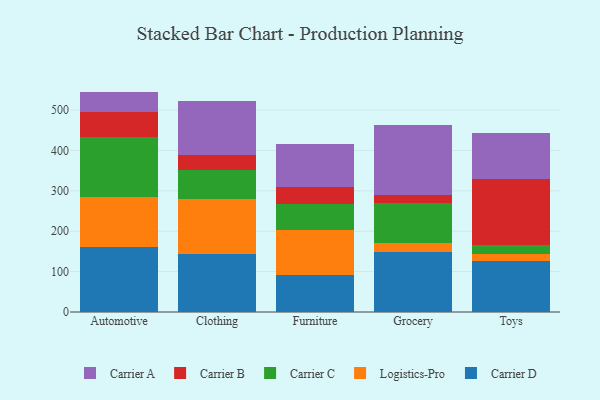
{"axis": {"x": "Category", "y": "Operating Costs (USD K)"}, "legend": ["Carrier A", "Carrier B", "Carrier C", "Carrier D", "Logistics-Pro"], "data": [{"x": "Automotive", "y": 161.8, "type": "Carrier D"}, {"x": "Automotive", "y": 122.7, "type": "Logistics-Pro"}, {"x": "Automotive", "y": 148.9, "type": "Carrier C"}, {"x": "Automotive", "y": 62.0, "type": "Carrier B"}, {"x": "Automotive", "y": 50.3, "type": "Carrier A"}, {"x": "Clothing", "y": 144.0, "type": "Carrier D"}, {"x": "Clothing", "y": 135.6, "type": "Logistics-Pro"}, {"x": "Clothing", "y": 70.8, "type": "Carrier C"}, {"x": "Clothing", "y": 37.3, "type": "Carrier B"}, {"x": "Clothing", "y": 134.1, "type": "Carrier A"}, {"x": "Furniture", "y": 92.5, "type": "Carrier D"}, {"x": "Furniture", "y": 110.0, "type": "Logistics-Pro"}, {"x": "Furniture", "y": 64.8, "type": "Carrier C"}, {"x": "Furniture", "y": 43.4, "type": "Carrier B"}, {"x": "Furniture", "y": 105.7, "type": "Carrier A"}, {"x": "Grocery", "y": 149.5, "type": "Carrier D"}, {"x": "Grocery", "y": 22.5, "type": "Logistics-Pro"}, {"x": "Grocery", "y": 98.4, "type": "Carrier C"}, {"x": "Grocery", "y": 19.0, "type": "Carrier B"}, {"x": "Grocery", "y": 173.8, "type": "Carrier A"}, {"x": "Toys", "y": 125.5, "type": "Carrier D"}, {"x": "Toys", "y": 17.3, "type": "Logistics-Pro"}, {"x": "Toys", "y": 23.3, "type": "Carrier C"}, {"x": "Toys", "y": 162.1, "type": "Carrier B"}, {"x": "Toys", "y": 113.8, "type": "Carrier A"}]}